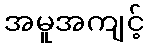
အမူအကျင့်